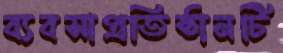
ব্যবসাপ্রতিষ্ঠানটি